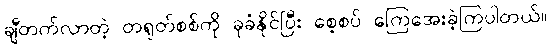
ချီတက်လာတဲ့ တရုတ်စစ်ကို ခုခံနိုင်ပြီး စေ့စပ် ကြေအေးခဲ့ကြပါတယ်။